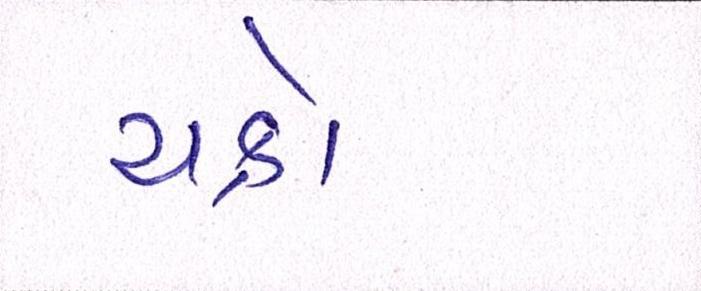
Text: ચક્રો